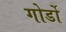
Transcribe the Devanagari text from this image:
गोर्डो